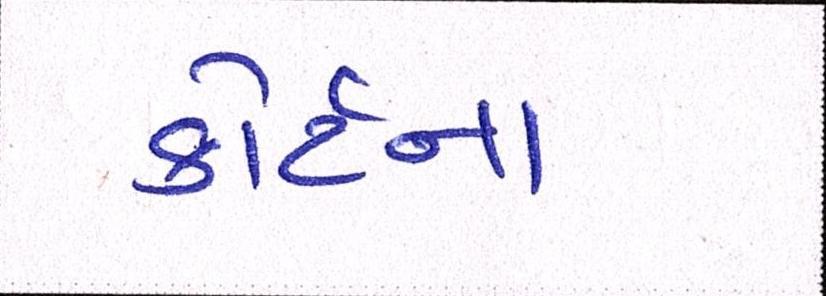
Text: કોર્ટના